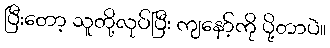
ပြီးတော့ သူတို့လုပ်ပြီး ကျနော့်ကို ပို့တာပဲ။